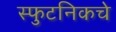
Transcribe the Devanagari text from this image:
स्फुटनिकचे